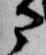
部